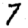
Digit: 7